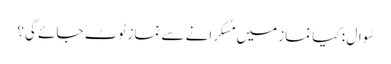
سُوال : کیا نماز میں مُسکرانے سے نماز ٹوٹ جائے گی؟